system: You are a helpful assistant.
user:
Analyze the provided spectrum to determine if it is a **White Dwarf (WD)**.

A White Dwarf spectrum is defined by its **extreme purity** (due to gravitational settling) and/or **extreme pressure broadening** (due to high surface gravity). You must check for one of the following mutually exclusive signatures:

- **Key Visual Indicators (Check for ONE of these types):**

    - **1. DA-Type Signature (Most Common):**
        - **(Primary Feature):** Extreme pressure broadening (Stark broadening) of the **Hydrogen (H) Balmer lines**.
        - **(Key Lines):** $H\beta$ (approx. $4861$ Å) and $H\gamma$ (approx. $4340$ Å). $H\alpha$ (approx. $6563$ Å) will also be present if the wavelength range covers it.
        - **(Line Profile):** This is the **defining feature**. The lines are **NOT** sharp. They appear as massive, **extremely broad and deep "troughs" or "dips"** in the spectrum, often hundreds of Ångströms wide. The continuum will appear to "scoop" down at these wavelengths.
        - **(Distinction):** Normal A-type or B-type stars have *narrow* and *sharp* Hydrogen lines. A DA White Dwarf's lines are unmistakably "smeared" or "blurry" from pressure.

    - **2. DB-Type Signature:**
        - **(Primary Feature):** Broad absorption lines from **Neutral Helium (He I)**. The spectrum must lack any visible Hydrogen lines.
        - **(Key Lines):** Look for broad absorption near $4471$ Å, $4921$ Å, and $5876$ Å.
        - **(Line Profile):** These lines are also significantly pressure-broadened, appearing much wider than they would in a normal B-type main-sequence star.

    - **3. DC-Type Signature:**
        - **(Primary Feature):** A **featureless continuous spectrum**.
        - **(Line Profile):** The spectrum is a smooth curve with **no significant absorption or emission lines**.
        - **(Key Confirmation):** The continuum is almost always **blue or white**, indicating a hot object. This signature implies the atmosphere is so pure (or so cool) that no spectral lines are visible in the optical range. Its WD identity is confirmed by its extremely low intrinsic brightness (high absolute magnitude).

    - **4. DZ-Type Signature (Metal-Polluted):**
        - **(Primary Feature):** **Isolated, narrow metal absorption lines** on an otherwise featureless (DC-like) continuum.
        - **(Key Lines):** The **Calcium (Ca II) H & K doublet** (approx. **$3934$ Å** and **$3968$ Å**) is the most common and defining feature.
        - **(Line Profile):** These lines are "out of place." They are *not* part of a "forest" of thousands of lines. This signature is evidence of recent *accretion* (pollution) from rocky debris.
        - **(Distinction):** Normal G/K/M stars have a *dense forest* of thousands of metal lines. A DZ has a *clean* continuum with *only a few* strong metal lines.

    - **5. DQ-Type Signature (Carbon-Polluted):**
        - **(Primary Feature):** Absorption bands from **Carbon (C₂ "Swan Bands" or atomic C I)**.
        - **(Key Lines - C₂):** Look for bandheads with a "saw-tooth" shape near $5635$ Å, **$5165$ Å** (strongest), and $4737$ Å.
        - **(Key Confirmation):** The underlying **continuum must be blue or white** (hot).
        - **(Distinction):** This is the critical difference from a **Carbon Star**, which has the *exact same* C₂ bands but on an extremely **red, cool** continuum.

- **(Overall Spectrum):**
    - The continuum (overall shape) is typically **blue-sloping** (brighter in the blue than the red), as most white dwarfs are very hot.
    - The spectrum will look "pure" or "simple," dominated by only *one* of the five signatures listed above.

Think first, call **spectral_visualization_tool** if needed to examine features in detail, then provide your final answer. Your response must adhere to the following strict rules:
1.  **Overall Structure:** Your response must follow the format `<think>...</think> <tool_call>...</tool_call> (if a tool is used) <answer>...</answer>`.
2.  **Tool Usage Constraint:** You may only make **one** tool call per turn.
3.  **Final Answer Format:** In the `<answer>` tag, your conclusion must be inside a `\boxed{}` command (e.g., `\boxed{YES}` or `\boxed{NO}`), followed by your justification.

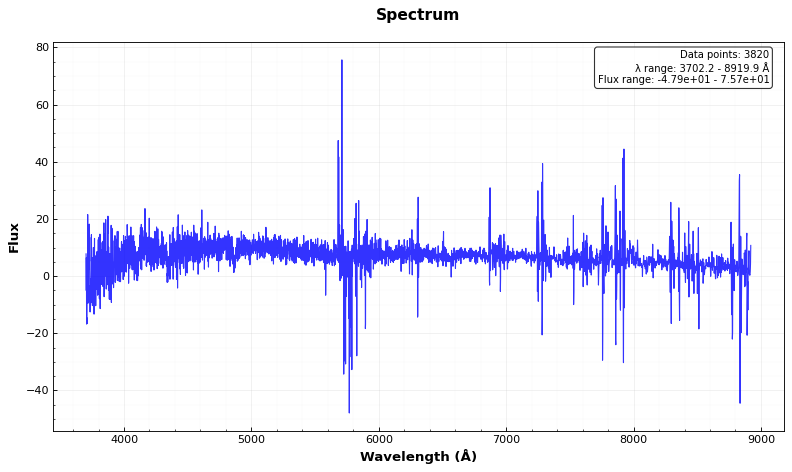
Answer: NO